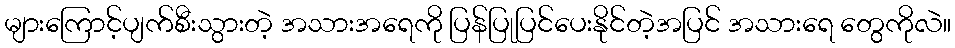
များကြောင့်ပျက်စီးသွားတဲ့ အသားအရေကို ပြန်ပြုပြင်ပေးနိုင်တဲ့အပြင် အသားရေ တွေကိုလဲ။